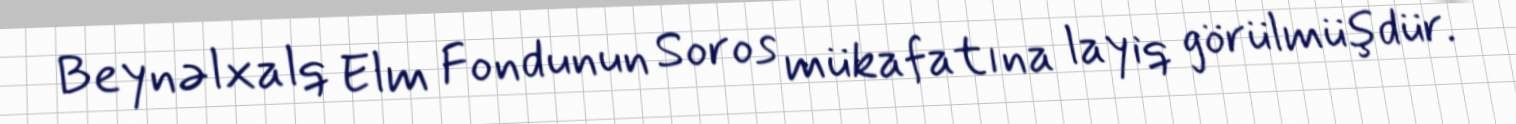
Beynəlxalq Elm Fondunun Soros mükafatına layiq görülmüşdür.